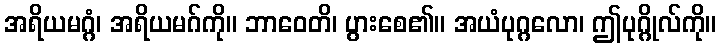
အရိယမဂ္ဂံ၊ အရိယမဂ်ကို။ ဘာဝေတိ၊ ပွားစေ၏။ အယံပုဂ္ဂလော၊ ဤပုဂ္ဂိုလ်ကို။